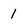
Character: l